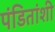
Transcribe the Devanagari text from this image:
पंडितांशी